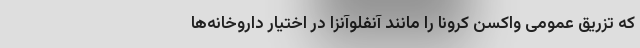
که تزریق عمومی واکسن کرونا را مانند آنفلوآنزا در اختیار داروخانه‌ها